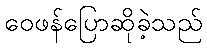
ဝေဖန်ပြောဆိုခဲ့သည်